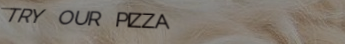
TRY OUR PIZZA